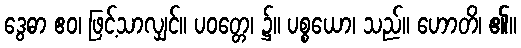
ဒွေဓာ ဧဝ၊ ဖြင့်သာလျှင်။ ပဝတ္တေ၊ ၌။ ပစ္စယော၊ သည်။ ဟောတိ၊ ၏။